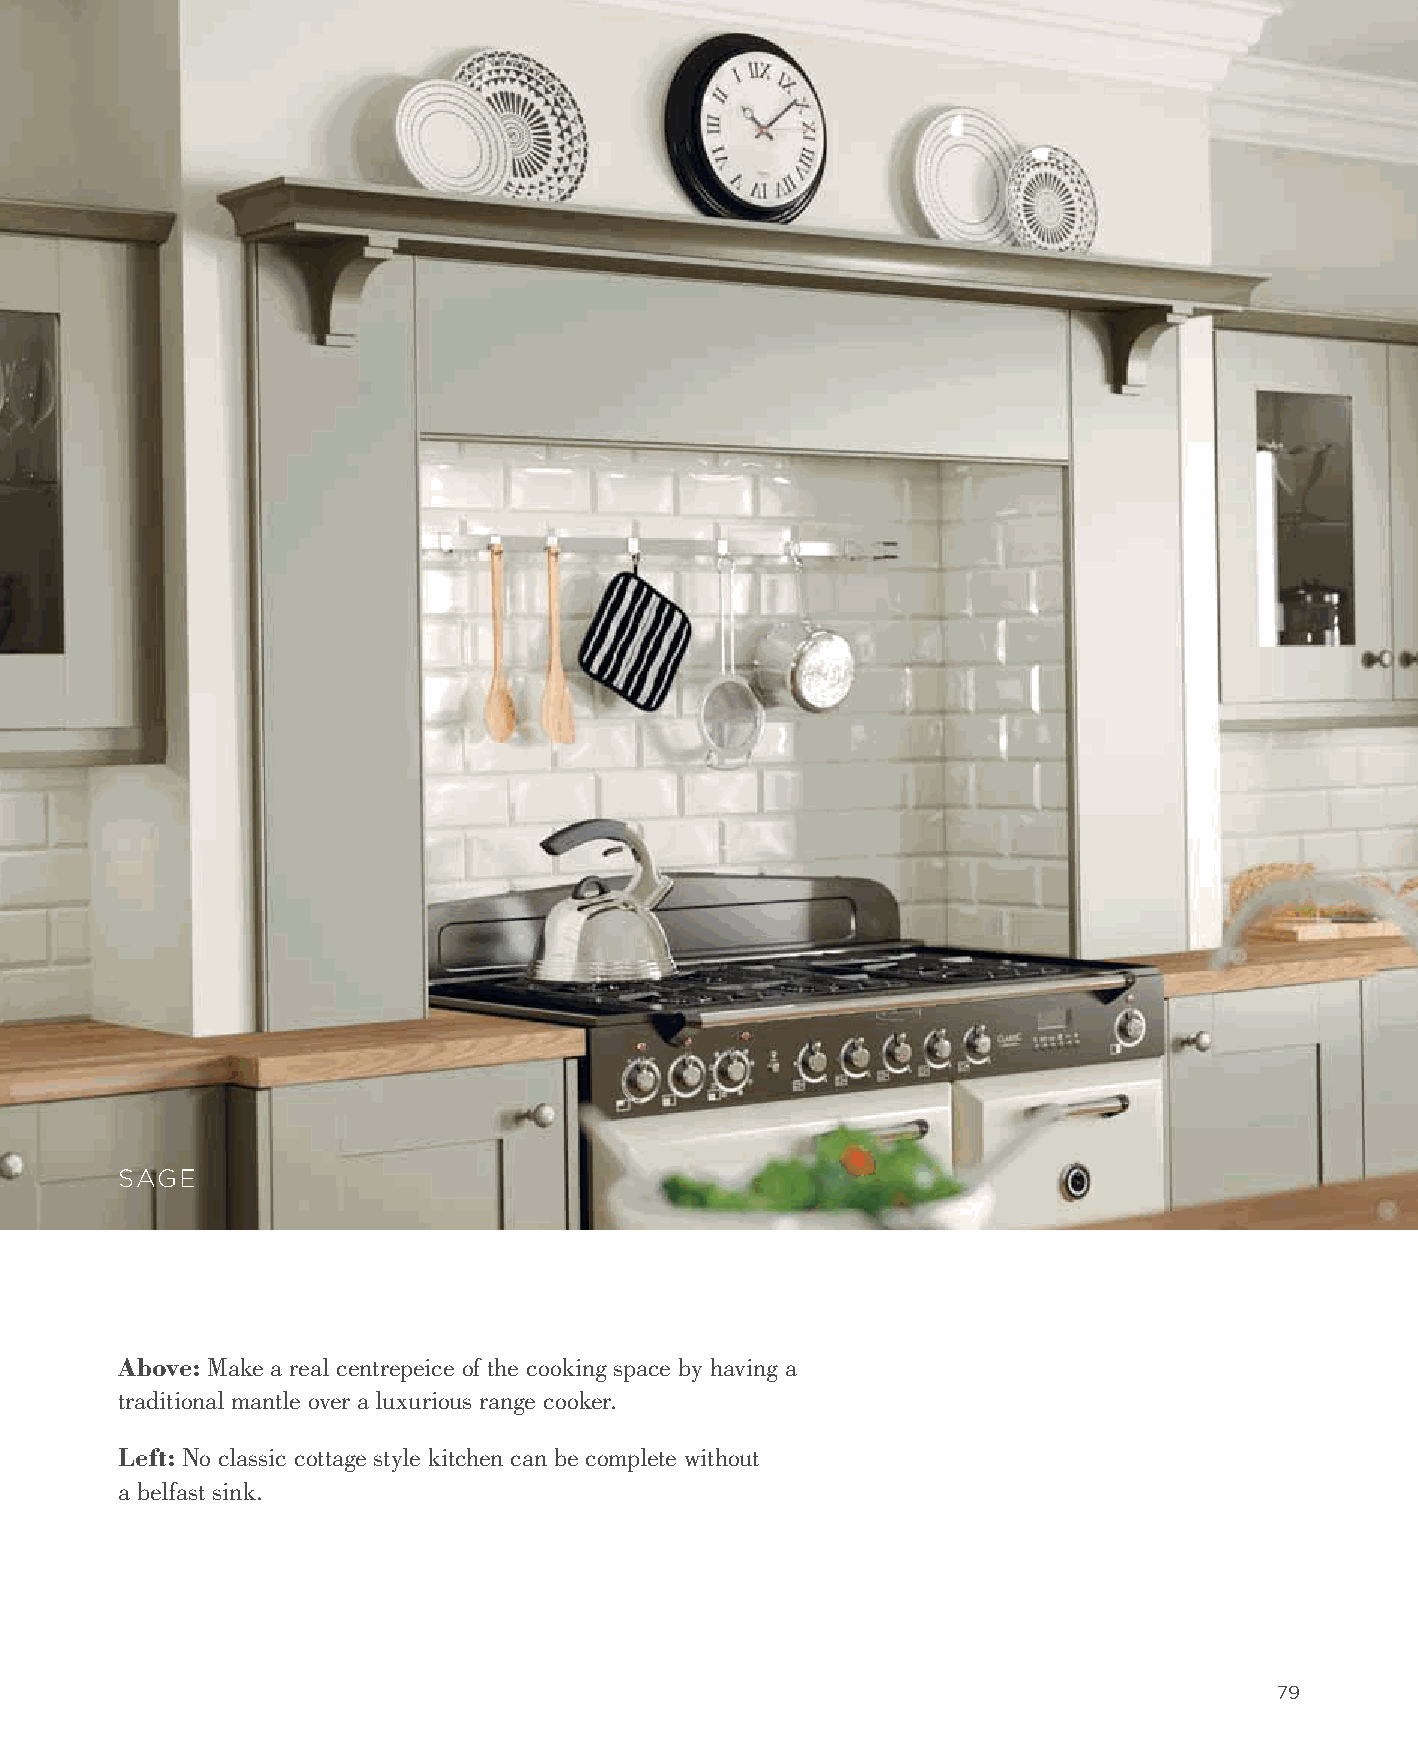
SAGE
 Above: Make a real centrepeice of the cooking space by having a
 traditional mantle over a luxurious range cooker.
 Left: No classic cottage style kitchen can be complete without
 a belfast sink.
 79